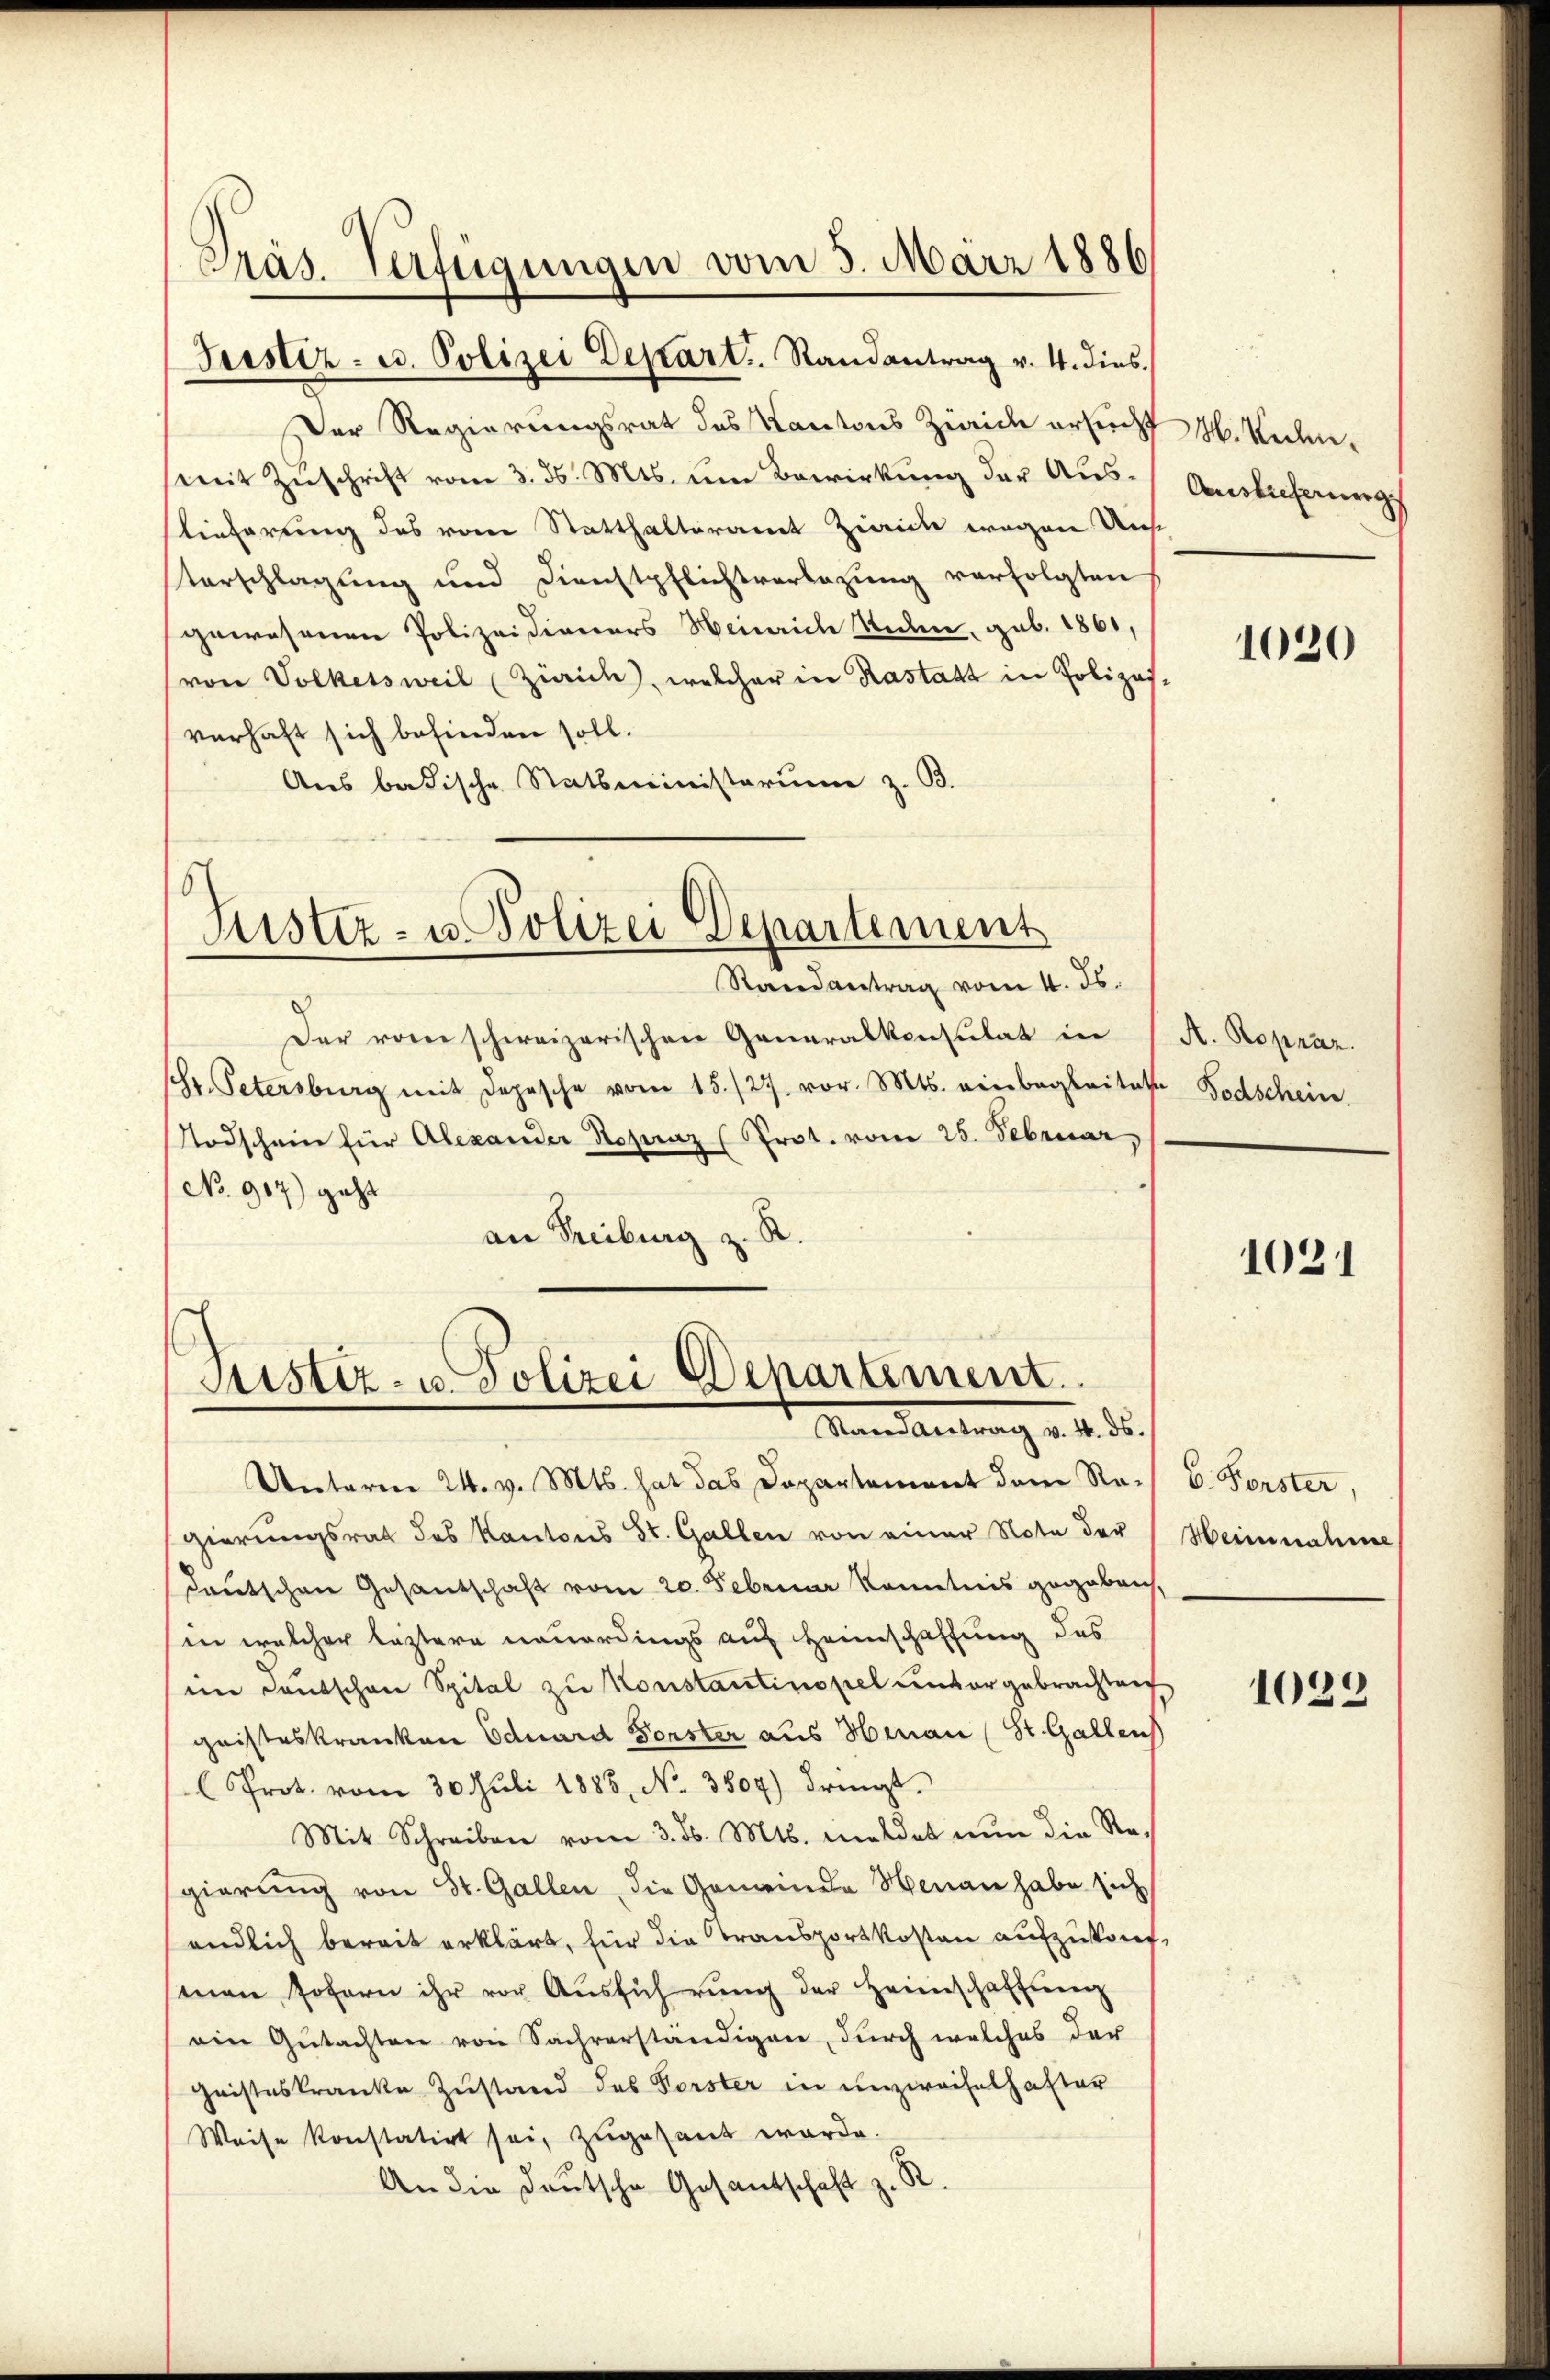
Präs. Verfügungen vom 3. März 1886

Justiz- u. Polizei Depart. Randantrag v. 4. dies
Der Regierungsrat des Kantons Zürich ersucht M. Kerlie¬
(mit Zuschrift vom 3. d. Mts. um Bewirkung der Auslieferung des vom Statthalteramt Zinicke wegen Unse
terschlagung und Dienstpflichtverlegung verfolgten
gewesenen Polizeidianers Heinrich Reden, geb. 1861,
(von Volketsweil (Zürich, welcher in Rastatt in Polizas-
verhaft sich befinden soll.
Aus badische Statsministerium z. B.

Justiz- u. Polizei Departement

Randantrag vom 4. ds.
Der von schweizerischen Generalkonsulat in
schr. Petersburg mit Depesche vom 15./27. vor. Mts. einbegleitete Todschein.
Todschein für Alexander Reparaz (Prot. vom 25. Februar,
No. 917) geht
an Freiburg z. R.

Justiz- u. Polizei Departement.
Man deutung v. 4. 5.

Unterm 24. v. Mts. hat das Departement dem Ragierungsrath des Kantons St. Gallen von einer Note der Heinnahme
deutschen Gesandschaft vom 20. Februar Kenntnis gegeberich,
in welcher leztere neuerdings auf Heimschaffung des
im Deutschen Spital zu Konstantinopel untergebrachten
geisteskranken Eduard Forster aus Hinau (St. Gallens
Prot. vom 30. Juli 1888, No. 3804) dringt.
Mit Schreiben vom 3. ds. Mts. meldet nun die Re-
gierung von St. Gallen, die Gemeinde Henau habe sich
endlich bereit erklärt, für die Transportkosten aufzukauf,
senen sofern ihr vor Aŭsführŭng der Heimschaffung
ein Gutachten von Sachverständigen, durch welches der
Geisteskranke Zustand des Forster in unzweifelhafter
Weise konstatirt sei, zugesant wurde.
An die Deutsche Gesandschaft z. R.

Auslicherungs

1020

A. Ropraz.

1021

6. Forster

1039